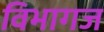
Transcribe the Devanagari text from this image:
विभागज